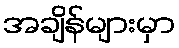
အချိန်များမှာ